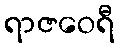
ရာဇဝေရီ